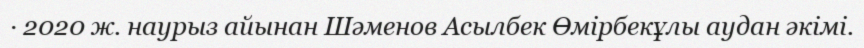
· 2020 ж. наурыз айынан Шәменов Асылбек Өмірбекұлы аудан әкімі.